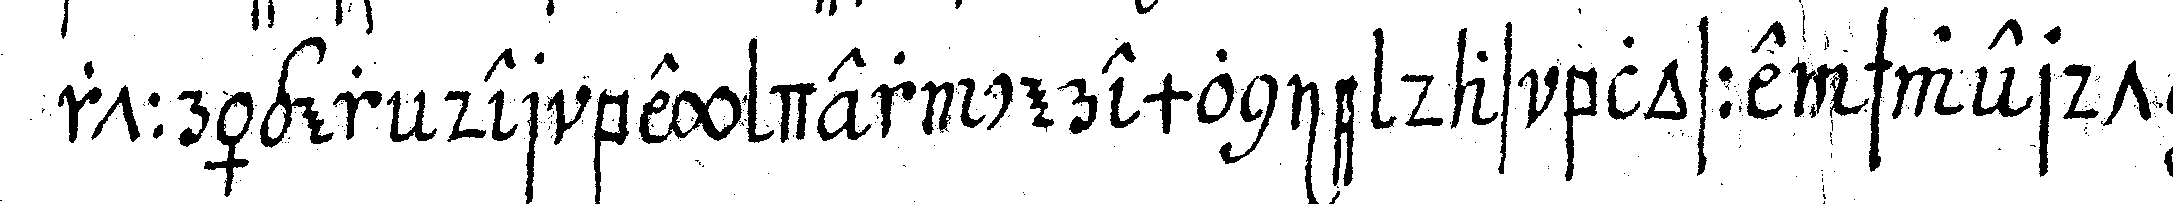
rtträger der bey der ceremonie das blosse schwerdt